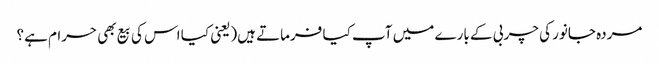
مردہ جانور کی چربی کے بارے میں آپ کیا فرماتے ہیں(یعنی کیا اس کی بیع بھی حرام ہے؟